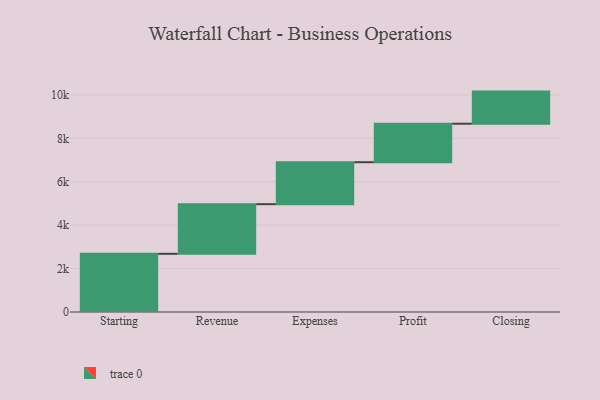
{"axis": {"x": "Step", "y": "Value"}, "legend": [""], "data": [{"x": "Starting", "y": 2680.0, "type": ""}, {"x": "Revenue", "y": 2287.0, "type": ""}, {"x": "Expenses", "y": 1932.0, "type": ""}, {"x": "Profit", "y": 1773.0, "type": ""}, {"x": "Closing", "y": 1479.0, "type": ""}]}